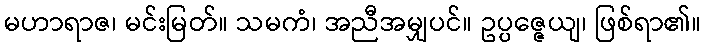
မဟာရာဇ၊ မင်းမြတ်။ သမကံ၊ အညီအမျှပင်။ ဥပ္ပဇ္ဇေယျ၊ ဖြစ်ရာ၏။